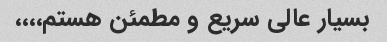
بسیار عالی سریع و مطمئن هستم،،،،